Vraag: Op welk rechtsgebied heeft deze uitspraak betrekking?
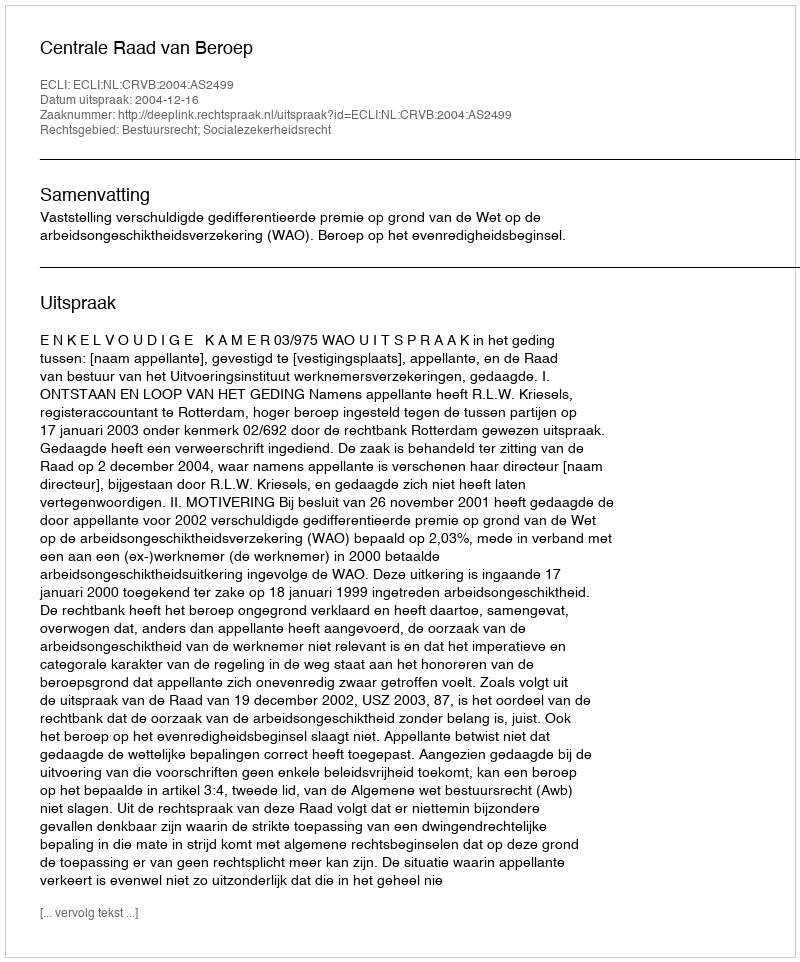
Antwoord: Bestuursrecht; Socialezekerheidsrecht